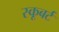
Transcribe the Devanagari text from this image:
स्कूबर्ट